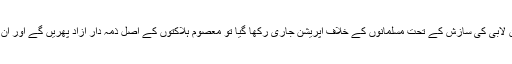
اگر پاکستان اور اسلام دشمن لابی کی سازش کے تحت مسلمانوں کے خلاف آپریشن جاری رکھا گیا تو معصوم ہلاکتوں کے اصل ذمہ دار آزاد پھریں گے اور ان کے حوصلے بلند ہوں گے۔